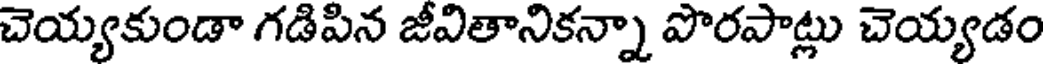
చెయ్యకుండా గడిపిన జీవితానికన్నా పొరపాట్లు చెయ్యడం